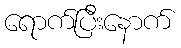
ရောက်ပြီးနောက်